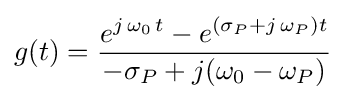
g(t)={\frac {e^{j\,\omega _{0}\,t}-e^{(\sigma _{P}+j\,\omega _{P})t}}{-\sigma _{P}+j(\omega _{0}-\omega _{P})}}